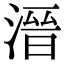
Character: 溍